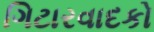
ગિટારવાદકો